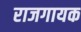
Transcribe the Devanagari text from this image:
राजगायक